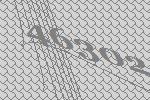
46302